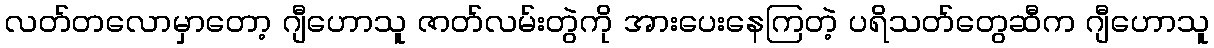
လတ်တလောမှာတော့ ဂျီဟောသူ ဇာတ်လမ်းတွဲကို အားပေးနေကြတဲ့ ပရိသတ်တွေဆီက ဂျီဟောသူ